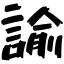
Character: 諭